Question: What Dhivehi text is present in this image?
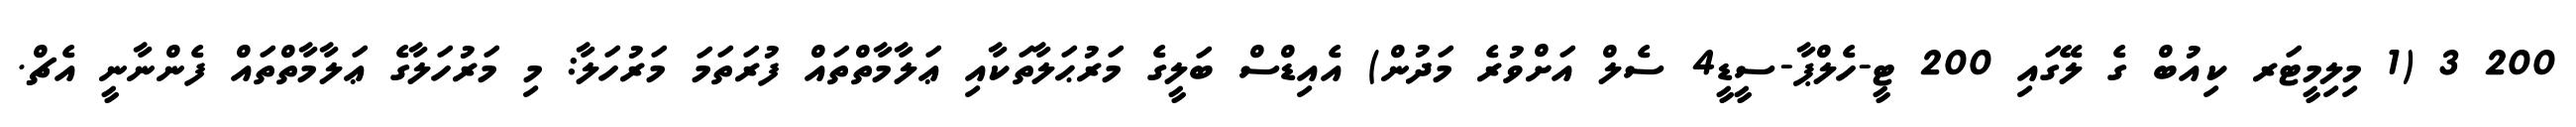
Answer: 200 3 (1 މިލިމީޓަރ ކިއުބް ގެ ލޭގައި 200 ޓީ-ހެލްޕާ-ސީޑީ4 ސެލް އަށްވުރެ މަދުން) އެއިޑްސް ބަލީގެ މަރުޙަލާތަކާއި ޢަލާމާތްތައް ފުރަތަމަ މަރުހަލާ: މި މަރުހަލާގެ ޢަލާމާތްތައް ފެންނާނީ އެޗް.